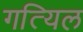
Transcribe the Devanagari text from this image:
गत्यिल